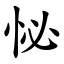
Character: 怭